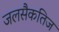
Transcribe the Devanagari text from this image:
जलसैकतिज